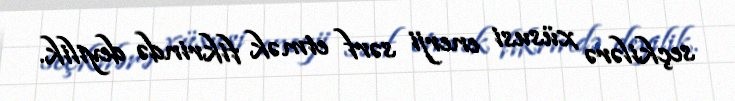
seçkilərə xüsusi enerji sərf etmək fikrində deyilik.